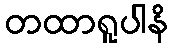
တထာရူပါနိ